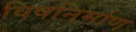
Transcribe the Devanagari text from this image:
विषनिर्माण